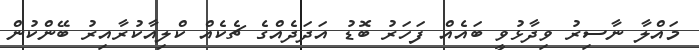
މައްލާ ނާސިރު ވިދާޅުވީ ބައެއް ފަހަރު ބޮޑު އަދަދެއްގެ ޗެކެއް ކްލިއާކުރާއިރު ބޭންކުން